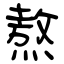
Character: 熬